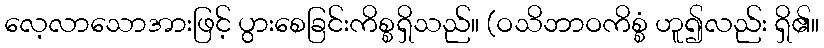
လေ့လာသောအားဖြင့် ပွားစေခြင်းကိစ္စရှိသည်။ (ဝသိဘာဝကိစ္စံ ဟူ၍လည်း ရှိ၏။